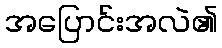
အပြောင်းအလဲ၏